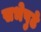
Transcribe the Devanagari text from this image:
सभेपुढे